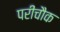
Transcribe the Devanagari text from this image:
परीचौक